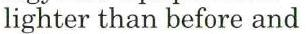
lighter than before and